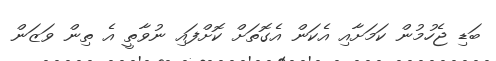
ބަޑި ޖެހުމުން ކަމަށާއި އެކަން އެގޮތަށް ކޮށްފައި ނުވާތީ އެ ތިން ވަޒަން